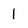
Character: 1